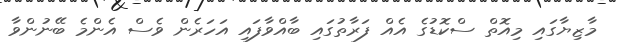
މާޒިޔާގައި މިއޮތް ސްކޮޑުގެ އެއް ފަރާތުގައި ބާއްވާފައި އަހަރެން ވެސް އެންމެ ބޭނުންވާ